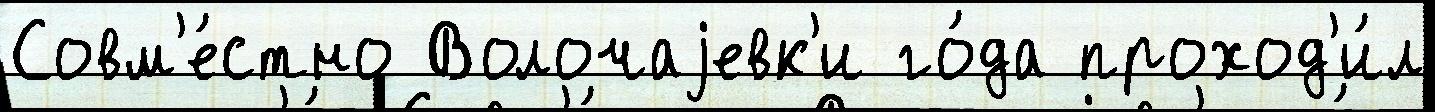
Совм'е́стно Волочаjевк'и го́да проход'и́л